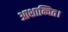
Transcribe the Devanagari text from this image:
आशान्वित।